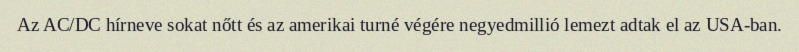
Az AC/DC hírneve sokat nőtt és az amerikai turné végére negyedmillió lemezt adtak el az USA-ban.